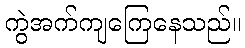
ကွဲအက်ကျကြေနေသည်။